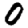
Digit: 0